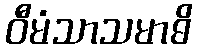
ဝီမံသာသမာဓိ